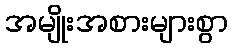
အမျိုးအစားများစွာ